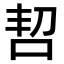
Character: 𫩬